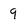
Character: 9